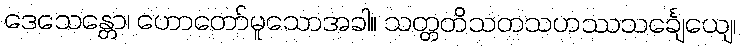
ဒေသေန္တော၊ ဟောတော်မူသောအခါ။ သတ္တတိသတသဟဿသင်္ချေယျေ၊